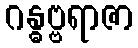
ဂန္ဓဗ္ဗရာဇာ